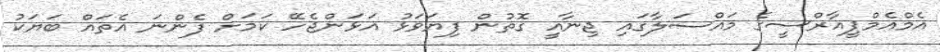
އެމްއެމްޕީއާރްސީގެ މައްސަލާގައި ޖިނާއީ ގޮތުން ފިޔަވަޅު އަޅަންޖެހޭ ކަމަށް ފެންނަ އެތައް ބަޔަކު